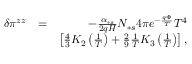
\begin{array} { r l r } { \delta \pi ^ { z z } } & { = } & { - \frac { \alpha _ { \ast s } } { 2 q H } N _ { \ast s } 4 \pi e ^ { - \frac { q \Phi } { T } } T ^ { 4 } } \\ & { } & { \left[ \frac { 4 } { 3 } K _ { 2 } \left( \frac { 1 } { T } \right) + \frac { 2 } { 9 } \frac { 1 } { T } K _ { 3 } \left( \frac { 1 } { T } \right) \right] , } \end{array}